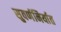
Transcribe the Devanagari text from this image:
सुवर्णनिर्यात